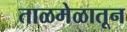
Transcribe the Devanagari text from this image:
ताळमेळातून